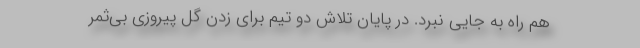
هم راه به جایی نبرد. در پایان تلاش دو تیم برای زدن گل پیروزی بی‌ثمر